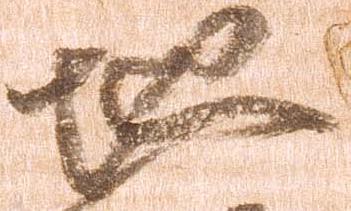
地